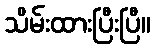
သိမ်းထားပြီးပြီ။